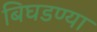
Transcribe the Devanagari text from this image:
बिघडण्या